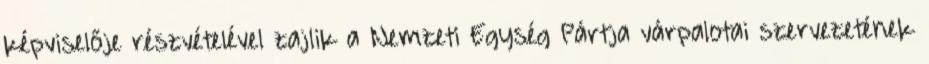
képviselője részvételével zajlik a Nemzeti Egység Pártja várpalotai szervezetének